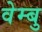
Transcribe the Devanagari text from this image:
वेम्बु